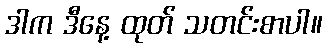
ဒါက ဒီနေ့ ထုတ် သတင်းစာပါ။